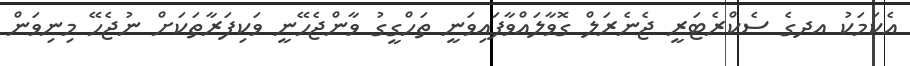
އެކަމަކު އދގެ ސެކްރެޓަރީ ޖެނެރަލް ގޮވާލައްވާފައިވަނީ ތަހްގީގު ވާންޖެހޭނީ ވަކިފަރާތަކަށް ނުޖެހޭ މިނިވަން